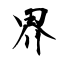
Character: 界